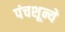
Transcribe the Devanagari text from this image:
पंचशून्ये